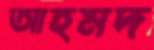
আহমদ